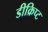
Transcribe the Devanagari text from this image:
डीक्रिप्ट